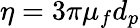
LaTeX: \eta=3\pi\mu_{f}d_{p}